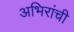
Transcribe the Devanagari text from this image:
अभिरांची